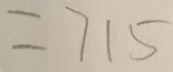
= 7 1 5